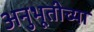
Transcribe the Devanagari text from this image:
अनुभूतीच्या